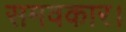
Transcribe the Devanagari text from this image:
समवकार।